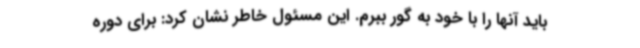
باید آنها را با خود به گور ببرم. این مسئول خاطر نشان کرد: برای دوره